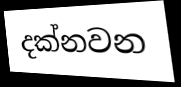
දක්නවන